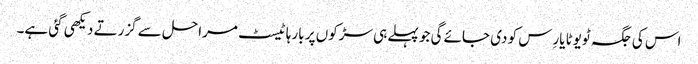
اس کی جگہ ٹویوٹا یارِس کو دی جائے گی جو پہلے ہی سڑکوں پر بارہا ٹیسٹ مراحل سے گزرتے دیکھی گئی ہے۔